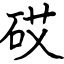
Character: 砹